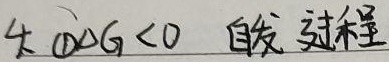
4. \textcircled{1}\(\Delta G < 0\) 自发过程